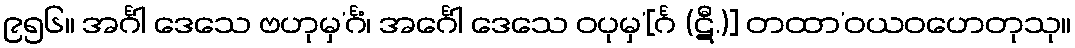
၉၅၆။ အင်္ဂါ ဒေသေ ဗဟုမှ’င်္ဂံ၊ အင်္ဂေါ ဒေသေ ဝပုမှ’[င်္ဂ (ဋီ.)] တထာ’ဝယဝဟေတုသု။